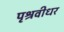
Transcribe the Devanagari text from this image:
पृश्रवीधर